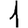
Digit: 1